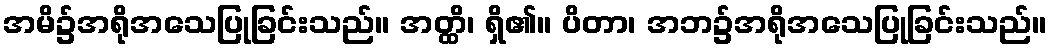
အမိ၌အရိုအသေပြုခြင်းသည်။ အတ္ထိ၊ ရှိ၏။ ပိတာ၊ အဘ၌အရိုအသေပြုခြင်းသည်။